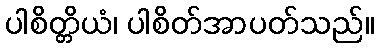
ပါစိတ္တိယံ၊ ပါစိတ်အာပတ်သည်။